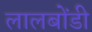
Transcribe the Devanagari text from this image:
लालबोंडी